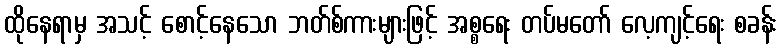
ထိုနေရာမှ အသင့် စောင့်နေသော ဘတ်စ်ကားများဖြင့် အစ္စရေး တပ်မတော် လေ့ကျင့်ရေး စခန်း